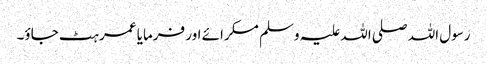
رسول اللہ صلی اللہ علیہ وسلم مسکرائے اور فرمایا عمر ہٹ جاؤ۔